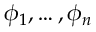
\phi _ { 1 } , \ldots , \phi _ { n }